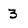
Character: 3